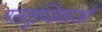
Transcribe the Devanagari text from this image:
गलतुण्डिकाओं